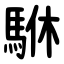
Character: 䮌